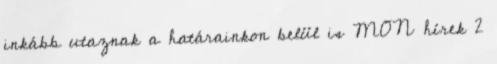
inkább utaznak a határainkon belül is MON hírek 2